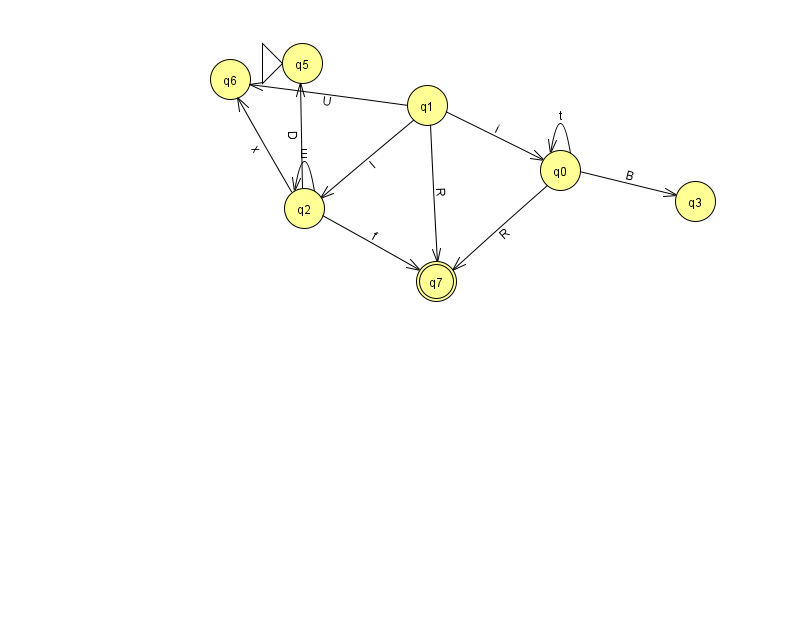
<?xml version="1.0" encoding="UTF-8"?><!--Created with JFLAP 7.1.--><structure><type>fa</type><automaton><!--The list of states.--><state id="0" name="q0"><x>560.0</x><y>157.0</y></state><state id="1" name="q1"><x>427.0</x><y>92.0</y></state><state id="2" name="q2"><x>304.0</x><y>195.0</y></state><state id="3" name="q3"><x>695.0</x><y>188.0</y></state><state id="5" name="q5"><x>302.0</x><y>50.0</y><initial/></state><state id="6" name="q6"><x>230.0</x><y>66.0</y></state><state id="7" name="q7"><x>436.0</x><y>268.0</y><final/></state><!--The list of transitions.--><transition><from>0</from><to>7</to><read>R</read></transition><transition><from>0</from><to>0</to><read>t</read></transition><transition><from>1</from><to>0</to><read>i</read></transition><transition><from>2</from><to>2</to><read>E</read></transition><transition><from>2</from><to>5</to><read>D</read></transition><transition><from>2</from><to>6</to><read>x</read></transition><transition><from>0</from><to>3</to><read>B</read></transition><transition><from>1</from><to>7</to><read>R</read></transition><transition><from>1</from><to>6</to><read>U</read></transition><transition><from>2</from><to>7</to><read>f</read></transition><transition><from>1</from><to>2</to><read>I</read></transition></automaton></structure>